Memorandum on the prevention of leprosy by segregation of the affected
Disease focus: Leprosy
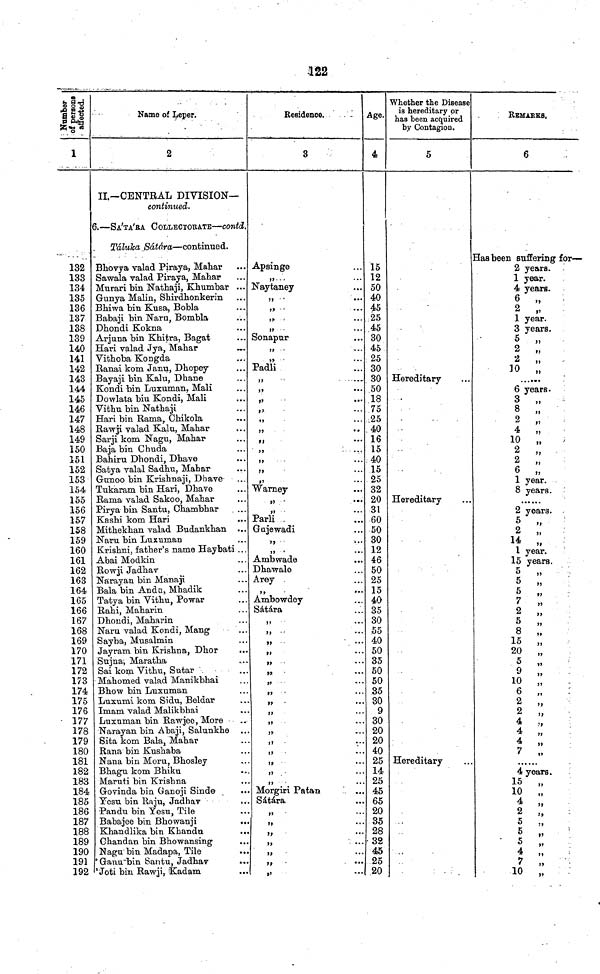
122
1
132
133
134
135
136
137
138
139
140
141
142
143
144
145
146
147
148
149
150
151
152
153
154
155
156
157
158
159
160
161
162
163
164
165
166
167
168
169
170
171
172
173
174
175
176
177
178
179
180
181
182
183
184
185
186
187
188
189
190
191
192
Name of Leper.
2
II.—CENTRAL DIVISION—
continued.
6.—SA'TA'RA COLLECTOBATE—contd.
Táluka
Sátára—continued.
Bhovya valad Piraya, Mahar
Sawala valad Piraya, Manar
Murari bin Nathaji, Khumbar ...
Gunya Malin, Shirdhonkerin
Bhiwa bin Kusa, Bobla
Babaji bin Naru, Bombla
Dhondi Kokna
Arjuna bin Khitra, Bagat
Hari valad Jya, Mahar
Vitboba Kongda
Ranai kom Janu, Dhopey
Bayaji bin Kalu, Dhane
Kondi bin Luxuman, Mali
Dowlata biu Kondi, Mali
Vithu bin Nathaji
Hari bin Rama, Chikola
Rawji valad Kalu, Mahar
Sarjikom Nagu, Mahar
Baja bin Chuda
Bahiru Dhondi, Dhave
Satya vaiai Sadhu, Mahar
Gunoo bin Krishnaji, Dhave
Tukaram bin Hari, Dhave
Rama valad Sakoo, Mahar
Piryabin Santu, Ohambhar
....
Kashi kom Hari
Mithekhan valad Budankhan ...
Naru bin Luxuman
...
Krishni, father's name Haybati ...
Abai Modkin
Rowji Jadhav
Narayan bin Manaji
Bala bin Anda, Mhadik
Tatya bin Vithu, Powar
Rahi, Maharin
Dhondi, Maharin
Naru valad Kondi, Mang
Sayba, Musalmin
Jayram bin Krishna, Dhor
Sujna; Maratha
Sai kom Vithu, Sutar .
Mahomed valad Manikbhai
Bhow bin Luxuman
Luxumi kom Sidu, Beldar
Imam valad Malikbhai
Luxuman bin Rawjee, More
-Narayan bin Abaji, Salunkhe ..
Sita kom Bala t Mahar
Rana bin Kushaba
Nana bin Moru, Bhosley
Bhagu kom Bhiku
Maruti bin Krishna
Govinda bin Ganoji Sinde
Yesu bin Raju, Jadhav
Pandu bin Yesu, Tile
Babajee bin Bhowanji
Khandlika bin Khandu
Chandan bin Bhowansing
Nagu bin Madapa, Tile
"Gamrbin Santu, Jadhav
. Joti bin Rawji, Kadam
Residence.
3
Apsinge
,,...
Naytaney
Sonapur
ÌÌ
Padli
,,
......
,,.
,,
,,
,,
,,
Warney
Parli
Gujewadi
,,
...
Ambwade
Dhawale
Arey
Ambowdey
Sátára
,,
»>
,,
...
,,
,,
..
. Morgiri Patan
Sátára.
.
,,
,,
, >
Age.
4
15
12
50
40
45
25
45
30
45
25
30
30
.50
18
75
.25
,40
16
15
40
15
25
32
20
31
60
50
30
12
46
50
25
15
40
35
30
55
40
50
35
50
50
35
30
9
30
20
20
40
25
14
25
45
65
20
35
28
•32
45
25
20
Whether the Disease
is hereditary or
has been acquired
by Contagion.
5
Hereditary
Hereditary
Hereditary
REMARKS.
6
Has been suffering for—
2 years.
1 year.
4 years.
6
„
2
„
1 year.
3 years.
5
„
2
„
2
„
30
„
6 years.
3
„
8
„
2
„
4
„
10
„
2
„
2
„
6
„
1 year.
8 years.
2 years.
5
„
2
,,
14
„
1 year.
15 years.
5
„
5
„
5
„
7
„
2
„
5
„
8
„
15
„
20
„
5
„
9
„
10
„
6
„
2
„
2
„
4 „
4
„
4
„
7
„
4 years.
15
„
10
„
4
„
2 „
5
„
5 „
5
„
4
„
7
„
10
„